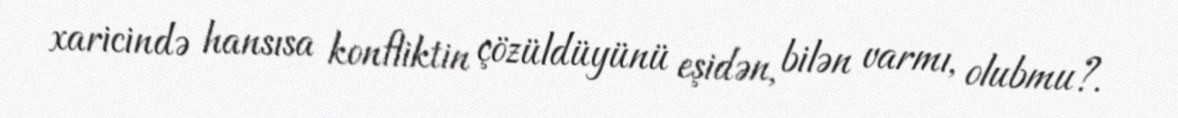
xaricində hansısa konfliktin çözüldüyünü eşidən, bilən varmı, olubmu?.